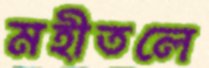
মহীতলে